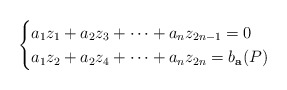
\begin{align*} \begin{cases} a_{1} z_1 +a_2 z_3 + \cdots + a_{n} z_{2n-1}=0 & \\ a_{1} z_2+ a_2 z_4 + \cdots +a_{n} z_{2n}= b_{\mathbf a}(P) \end{cases} \end{align*}